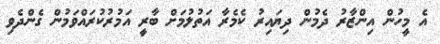
އެ މީހުން އިންޒާރު ދެމުން ދިޔައިރު ކެމެރާ އަތުލުމަށް ބާރީ އަމުރުކުރައްވަމުން ގެންދެވި